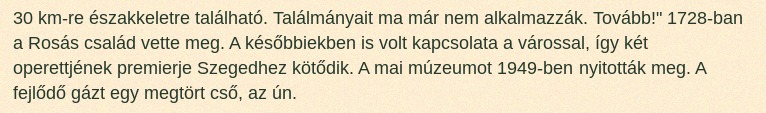
30 km-re északkeletre található. Találmányait ma már nem alkalmazzák. Tovább!" 1728-ban a Rosás család vette meg. A későbbiekben is volt kapcsolata a várossal, így két operettjének premierje Szegedhez kötődik. A mai múzeumot 1949-ben nyitották meg. A fejlődő gázt egy megtört cső, az ún.